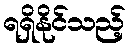
ရရှိနိုင်သည့်